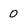
Character: 0